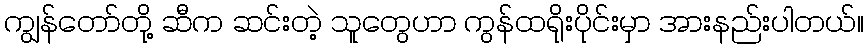
ကျွန်တော်တို့ ဆီက ဆင်းတဲ့ သူတွေဟာ ကွန်ထရိုးပိုင်းမှာ အားနည်းပါတယ်။